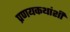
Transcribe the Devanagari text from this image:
प्रणयकथांशी